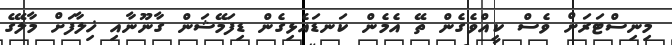
މިނިސްޓަރަށް ވެސް ކީއްވެގެން ތޭ އެމެން ކަނޑައެޅިގެން ޑިފަމޭޝަން ގާނޫނާއި ޚިލާފަށް މާލޭގެ